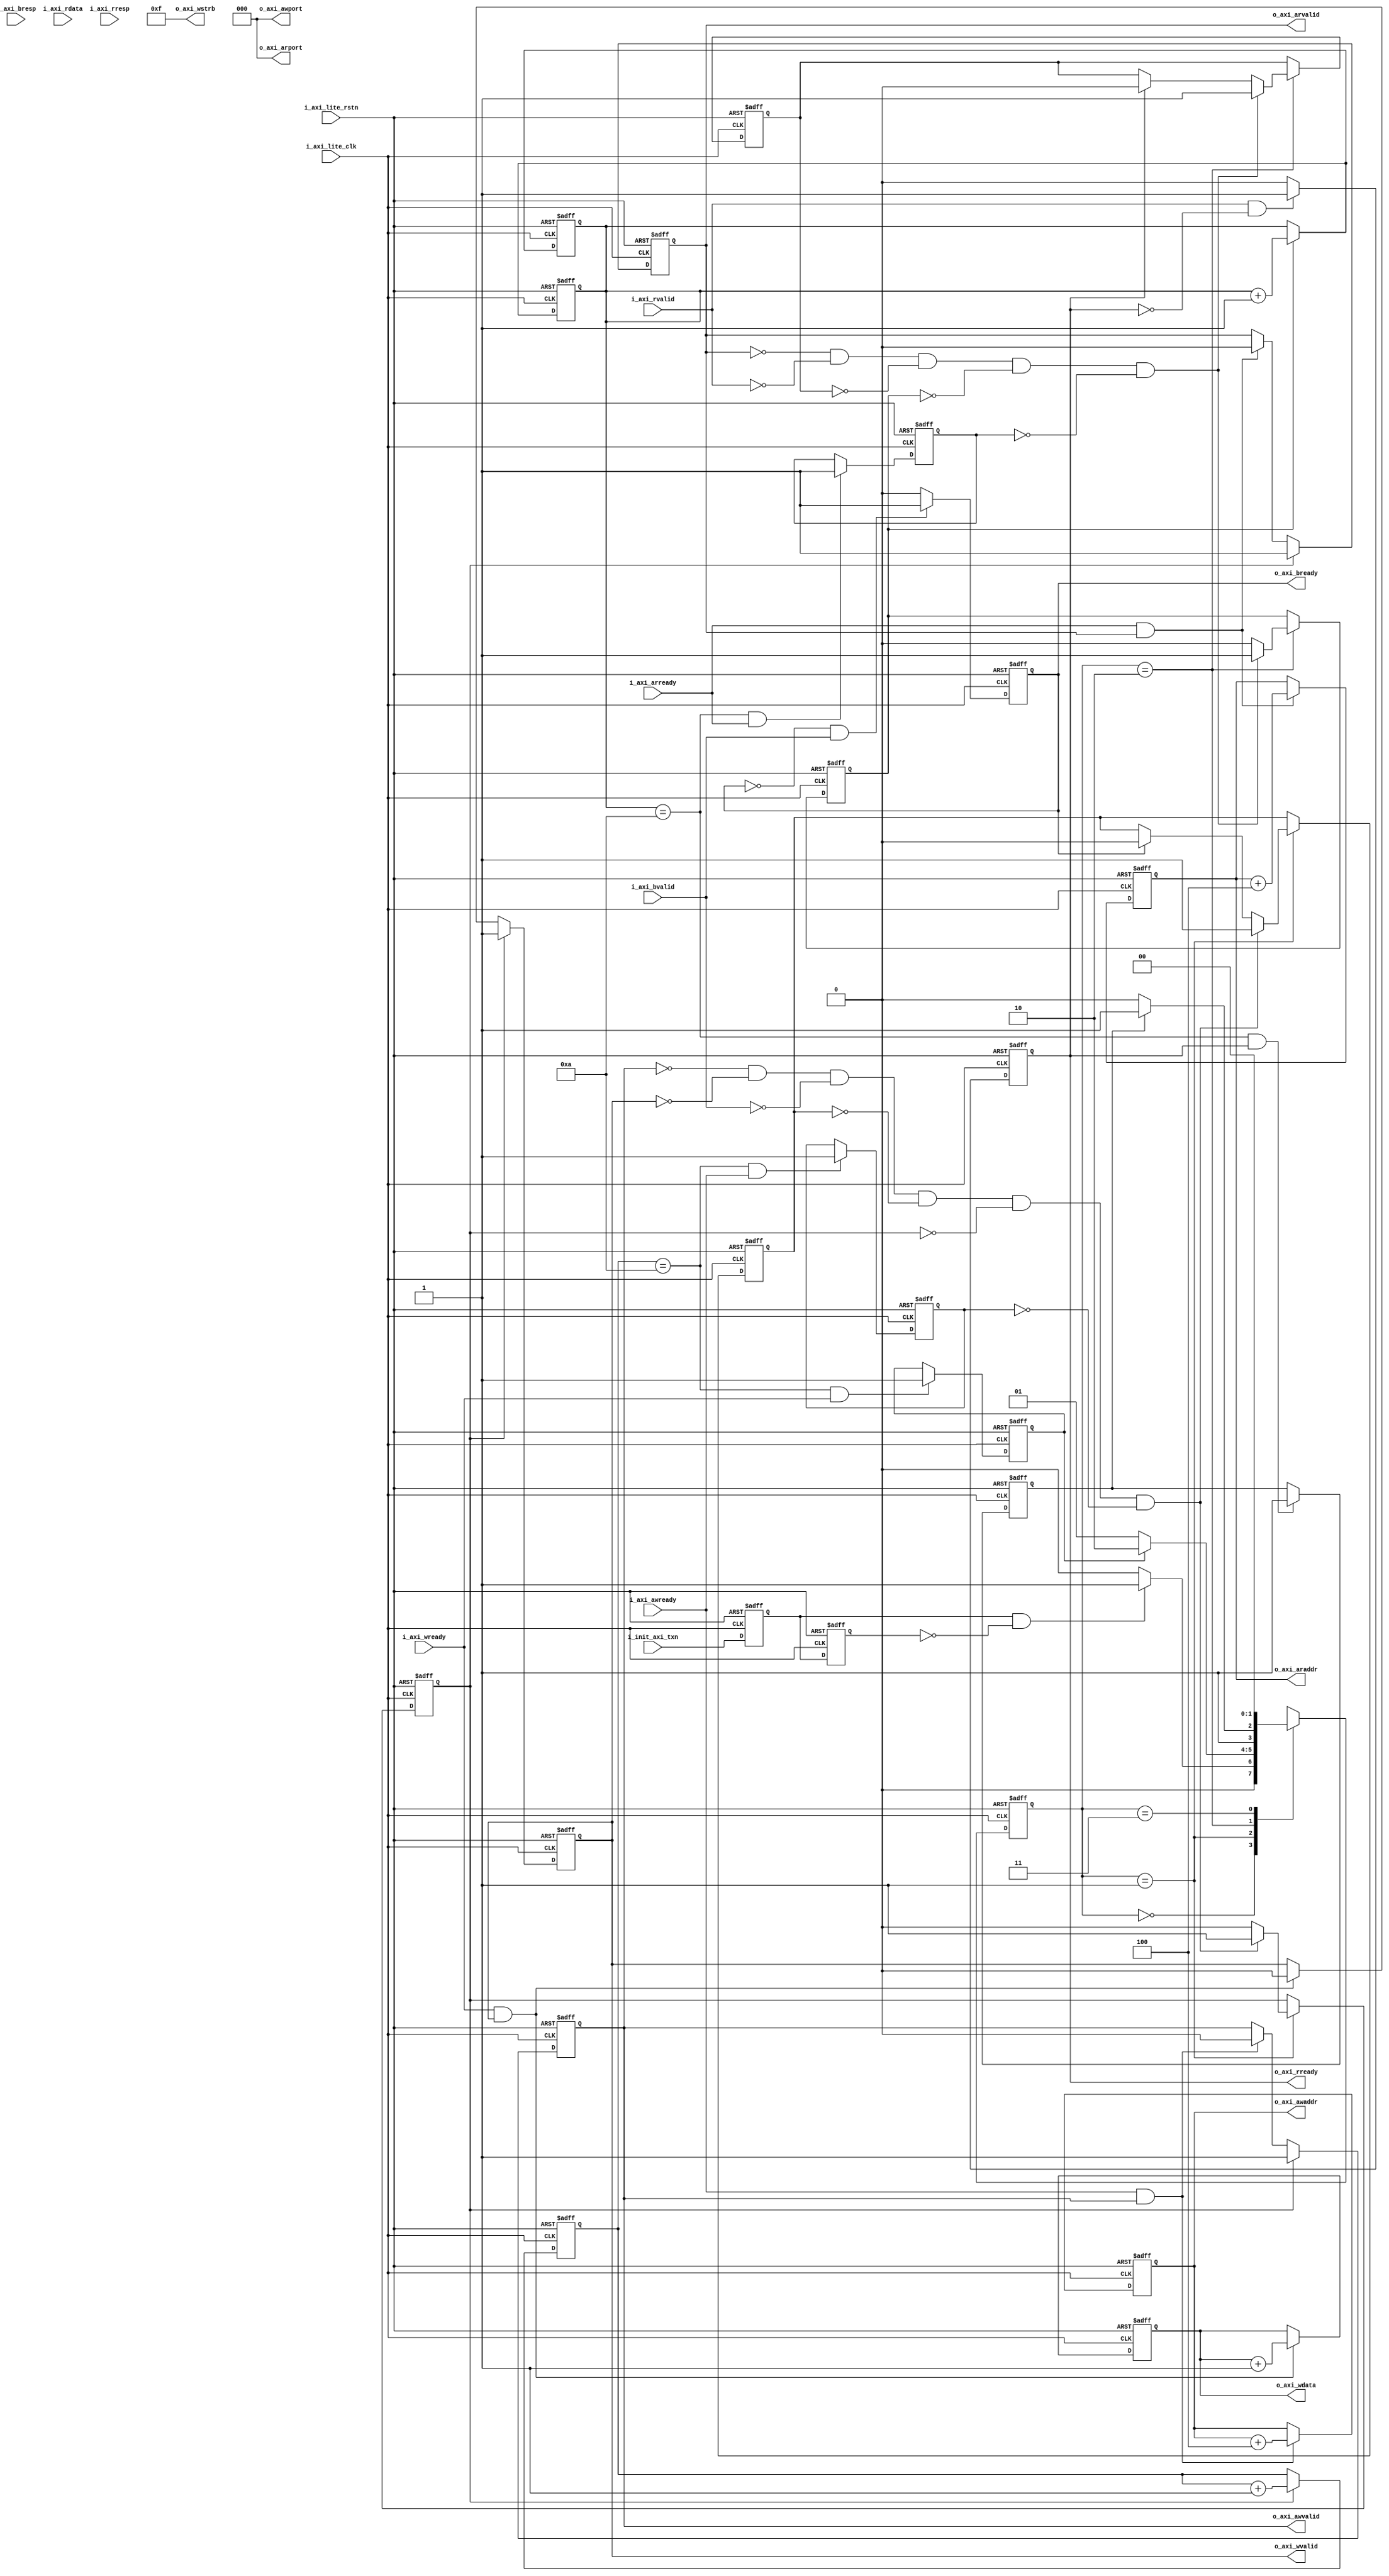
/******************************************************************************\
*
*      Version:  1.00
* Dependencies:  
*   Description:  axi_lite 
*       Model:  
*    Limitation:  
* 	Rev   	Author   	Date        Changes
* 	----------------------------------------------------------------------------
* 	1.00  	linhuiyi	04/9/18    Initial Release
\******************************************************************************/

module axi_lite_m #(
//
parameter	AXI_START_DATA_VALUE=32'hAA00_0000,
//
parameter	AXI_SLAVE_ADDR_BASE=32'h4000_0000,
//
parameter	AXI_ADDR_WIDTH=32,
//
parameter	AXI_DATA_WIDTH=32,
//
parameter   AXI_TRANS_NUM=10
)
(
//
input    wire    i_axi_lite_clk,
//
input    wire    i_init_axi_txn,
//
input    wire    i_axi_lite_rstn,
//()
output   reg[31:0] 	  o_axi_awaddr,
//,
output    wire[2:0]    o_axi_awport,
//
output    reg   	 o_axi_awvalid,
//
input    wire		  i_axi_awready,
//
output    reg[31:0]   o_axi_wdata,
//8
output 	 wire [3:0]    o_axi_wstrb,
//
output    reg     	  o_axi_wvalid,
//
input   wire          i_axi_wready,
//
input    wire 			i_axi_bresp,
//
input    wire			i_axi_bvalid,
//
output    reg           o_axi_bready,
//()
output    reg[31:0]   o_axi_araddr,
//
output    wire[2:0]    o_axi_arport,
//
output    reg	    o_axi_arvalid,
//
input    wire		  i_axi_arready,
//
input    wire[31:0]  i_axi_rdata,
//
input    wire [3:0]    i_axi_rresp,
//
input    wire    	  i_axi_rvalid,
//,
output    reg          o_axi_rready 
);

//
localparam IDLE=2'b00;
//
localparam INIT_WRITE=2'b01;
//
localparam INIT_READ=2'b10;
//
localparam INIT_COMPARE=2'b11;

assign o_axi_arport=3'b000;
assign o_axi_awport=3'b000;
assign o_axi_wstrb=4'b1111;

//
reg[31:0] r_expect_data;
//
reg r_write_issued;
//
reg r_read_issued;
//
reg r_start_single_write;
//
reg r_start_single_read;

//
reg r_write_done;
//
reg r_read_done;
//
reg r_compare_done;
//
reg r_last_write;
//
reg r_last_read;

// 
reg[1:0] r_state;

//
reg[31:0]  r_write_index;
//
reg[31:0]  r_read_index;

//
wire r_init_txn_pulse;
reg r_init_ff;
reg r_init_ff2;



//1
assign r_init_txn_pulse=r_init_ff&&~r_init_ff2;
always @(posedge i_axi_lite_clk or negedge i_axi_lite_rstn)
	if(!i_axi_lite_rstn)
		r_init_ff<=0;
	else 
		r_init_ff<=i_init_axi_txn;
always @(posedge i_axi_lite_clk or negedge i_axi_lite_rstn)
	if(!i_axi_lite_rstn)
		r_init_ff2<=0;
	else 
		r_init_ff2<=r_init_ff;
		
//
always @(posedge i_axi_lite_clk or negedge i_axi_lite_rstn)
	if(!i_axi_lite_rstn)
		r_state<=IDLE;
	else case(r_state)
		IDLE: if(r_init_txn_pulse)
				begin
					r_state<=INIT_WRITE;
				end
			 else
				begin
					r_state<=IDLE;
				end 
		INIT_WRITE: if(r_write_done)
						begin
							r_state<=INIT_READ;
						end 
					else 
						begin
							r_state<=INIT_WRITE;
						end 
		INIT_READ:  if(r_read_done)
						begin
							r_state<=INIT_COMPARE;
						end 
					else
						begin
							r_state<=INIT_READ;
						end 
		INIT_COMPARE: 
						begin
							r_state<=IDLE;
						end
		default:
				begin
					r_state<=IDLE;
				end
	endcase	
		
always @(posedge i_axi_lite_clk or negedge i_axi_lite_rstn)
	if(!i_axi_lite_rstn)
		begin
			r_write_issued<=0;
		end 
	else if(r_state==INIT_WRITE)
		begin
			if(~o_axi_awvalid&&~o_axi_wvalid&&~i_axi_bvalid&&~r_write_issued&&~r_start_single_write&&~r_last_write)
				begin
					r_write_issued<=1;
				end 
			else if(o_axi_bready)
				begin
					r_write_issued<=0;
				end 
		end 
		
always @(posedge i_axi_lite_clk or negedge i_axi_lite_rstn)
	if(!i_axi_lite_rstn)
		begin
			r_read_issued<=0;
		end 
	else if(r_state==INIT_READ)
		begin
			if(~o_axi_arvalid&&~i_axi_rvalid&&~r_read_issued&&~r_start_single_read&&~r_last_read)
				begin
					r_read_issued<=1;
				end 
			else if(o_axi_rready)
				begin
					r_read_issued<=0;
				end 
		end 
//
always @(posedge i_axi_lite_clk or negedge i_axi_lite_rstn)
	if(!i_axi_lite_rstn)
		begin
			r_start_single_write<=0;
		end 
	else if(r_state==INIT_WRITE)
		begin
			if(~o_axi_awvalid&&~o_axi_wvalid&&~i_axi_bvalid&&~r_write_issued&&~r_start_single_write&&~r_last_write)
				begin
					r_start_single_write<=1;
				end 
			else
				begin
					r_start_single_write<=0;
				end 
		end 
//
always @(posedge i_axi_lite_clk or negedge i_axi_lite_rstn)
	if(!i_axi_lite_rstn)
		begin
			r_start_single_read<=0;
		end 
	else if(r_state==INIT_READ)
		begin
			if(~o_axi_arvalid&&~i_axi_rvalid&&~r_read_issued&&~r_start_single_read&&~r_last_read)
				begin
					r_start_single_read<=1;
				end 
			else
				begin
					r_start_single_read<=0;
				end 
		end 

always @(posedge i_axi_lite_clk or negedge i_axi_lite_rstn)
	if(!i_axi_lite_rstn)
		begin
			o_axi_awvalid<=0;
		end 
	else if(r_start_single_write)
		begin
			o_axi_awvalid<=1;
		end 
	else if(i_axi_awready&&o_axi_awvalid)
		begin
			o_axi_awvalid<=0;
		end 

always @(posedge i_axi_lite_clk or negedge i_axi_lite_rstn)
	if(!i_axi_lite_rstn)
		begin
			r_write_index<=0;
		end 
	else if(r_start_single_write)
		begin
			r_write_index<=r_write_index+1;
		end 
always @(posedge i_axi_lite_clk or negedge i_axi_lite_rstn)
	if(!i_axi_lite_rstn)
		begin
			r_read_index<=0;
		end 
	else if(r_start_single_read)
		begin
			r_read_index<=r_read_index+1;
		end 
				
always @(posedge i_axi_lite_clk or negedge i_axi_lite_rstn)
	if(!i_axi_lite_rstn)
		begin
			o_axi_wvalid<=0;
		end 
	else if(r_start_single_write)
		begin
			o_axi_wvalid<=1;
		end 	
	else if(i_axi_wready&&o_axi_wvalid)
		begin
			o_axi_wvalid<=0;
		end 
			
	
//
always @(posedge i_axi_lite_clk or negedge i_axi_lite_rstn)
	if(!i_axi_lite_rstn)
		begin
			o_axi_bready<=0;
		end 
	else if(~o_axi_bready&&i_axi_bvalid)
		begin
			o_axi_bready<=1;
		end 
	else if(o_axi_bready)
		begin
			o_axi_bready<=0;
		end 

always @(posedge i_axi_lite_clk or negedge i_axi_lite_rstn)
	if(!i_axi_lite_rstn)
		begin
			r_read_index<=0;
		end 
	else if(r_start_single_read)
		begin
			r_read_index<=r_read_index+1;
		end 

always @(posedge i_axi_lite_clk or negedge i_axi_lite_rstn)
	if(!i_axi_lite_rstn)
		begin
			o_axi_arvalid<=0;
		end 
	else if(r_start_single_write)
		begin
			o_axi_arvalid<=1;
		end 
	else  if(i_axi_arready&&o_axi_arvalid)
		begin
			o_axi_arvalid<=0;
		end 
	
always @(posedge i_axi_lite_clk or negedge i_axi_lite_rstn)
	if(!i_axi_lite_rstn)
		begin
			o_axi_rready<=0;
		end 
	else  if(i_axi_rvalid&&~o_axi_rready)
		begin
			o_axi_rready<=1;
		end 
	else if(o_axi_rready)
		begin
			o_axi_rready<=0;
		end 

always @(posedge i_axi_lite_clk or negedge i_axi_lite_rstn)
	if(!i_axi_lite_rstn)
		begin
			o_axi_awaddr<=AXI_SLAVE_ADDR_BASE;
		end 
	else if(i_axi_awready&&o_axi_awvalid)
		begin
			o_axi_awaddr<=o_axi_awaddr+32'h0000_0004;  //4
		end 
		
always @(posedge i_axi_lite_clk or negedge i_axi_lite_rstn)
	if(!i_axi_lite_rstn)
		begin
			o_axi_wdata<=AXI_START_DATA_VALUE;
		end 
	else if(i_axi_wready&&o_axi_wvalid)
		begin
			o_axi_wdata<=o_axi_wdata+1;//r_write_index;  
		end 	
		
always @(posedge i_axi_lite_clk or negedge i_axi_lite_rstn)
	if(!i_axi_lite_rstn)
		begin
			o_axi_araddr<=AXI_SLAVE_ADDR_BASE;
		end 
	else if(i_axi_arready&&o_axi_arvalid)
		begin
			o_axi_araddr<=o_axi_araddr+32'h0000_0004;  //4
		end 
		
always @(posedge i_axi_lite_clk or negedge i_axi_lite_rstn)
	if(!i_axi_lite_rstn)
		begin
			r_expect_data<=AXI_START_DATA_VALUE;
		end 
	else if(o_axi_rready&&i_axi_rvalid)
		begin
			r_expect_data<=r_expect_data+1;//r_read_index;  
		end 	


		
always @(posedge i_axi_lite_clk or negedge i_axi_lite_rstn)
	if(!i_axi_lite_rstn)
		begin
			r_last_write<=0;
		end 
	else if(r_write_index==AXI_TRANS_NUM&&i_axi_awready)
		begin
			r_last_write<=1;
		end 
	else 
		begin
			r_last_write<=r_last_write;
		end 
		
always @(posedge i_axi_lite_clk or negedge i_axi_lite_rstn)
	if(!i_axi_lite_rstn)
		begin
			r_write_done<=0;
		end 
	else if(r_write_index==AXI_TRANS_NUM&&i_axi_wready)
		begin
			r_write_done<=1;
		end 
	else 
		begin
			r_write_done<=r_write_done;
		end 


always @(posedge i_axi_lite_clk or negedge i_axi_lite_rstn)
	if(!i_axi_lite_rstn)
		begin
			r_last_read<=0;
		end 
	else if(r_read_index==AXI_TRANS_NUM&&i_axi_arready)
		begin
			r_last_read<=1;
		end 
	else 
		begin
			r_last_read<=r_last_read;
		end 
		
always @(posedge i_axi_lite_clk or negedge i_axi_lite_rstn)
	if(!i_axi_lite_rstn)
		begin
			r_read_done<=0;
		end 
	else if(r_read_index==AXI_TRANS_NUM&&o_axi_rready)
		begin
			r_read_done<=1;
		end 
	else 
		begin
			r_read_done<=r_read_done;
		end 
always @(posedge i_axi_lite_clk or negedge i_axi_lite_rstn)
	if(!i_axi_lite_rstn)
		begin
			r_compare_done<=0;
		end 
	else if(r_state==INIT_COMPARE)
		begin
			r_compare_done<=1;
		end 

endmodule